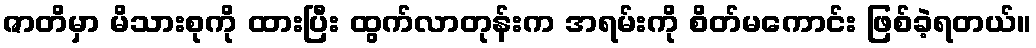
ဇာတိမှာ မိသားစုကို ထားပြီး ထွက်လာတုန်းက အရမ်းကို စိတ်မကောင်း ဖြစ်ခဲ့ရတယ်။